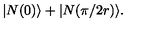
| N ( 0 ) \rangle + | N ( \pi / 2 r ) \rangle .